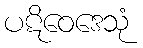
ပဋိဝေဒေသုံ